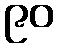
၉၀